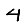
Digit: 4